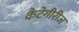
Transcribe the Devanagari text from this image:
कैटेगीरीज